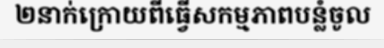
២នាក់ក្រោយពីធ្វើសកម្មភាពបន្លំចូល